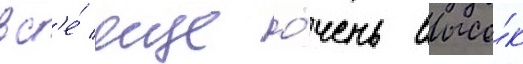
вс'е́ еще о́чень высо́к